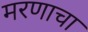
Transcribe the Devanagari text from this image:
मरणाचा